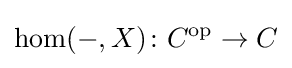
\operatorname {hom} (-,X)\colon C^{\text{op}}\to C